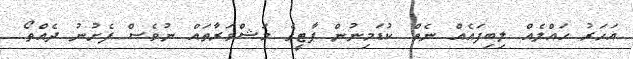
އަހަރު ހައްލެއް ލިބިފައެއް ނެތް. ކުޑަމިނުން ޕާޓީގެ މަޝްވަރާތައް ނުވެސް ފެށުނު ދެއްތޯ.